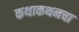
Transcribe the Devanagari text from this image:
कथाकथनचा